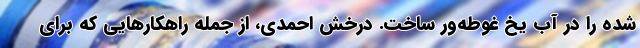
شده را در آب یخ غوطه‌ور ساخت. درخش احمدی، از جمله راهکارهایی که برای